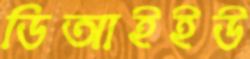
ডিআইইউ